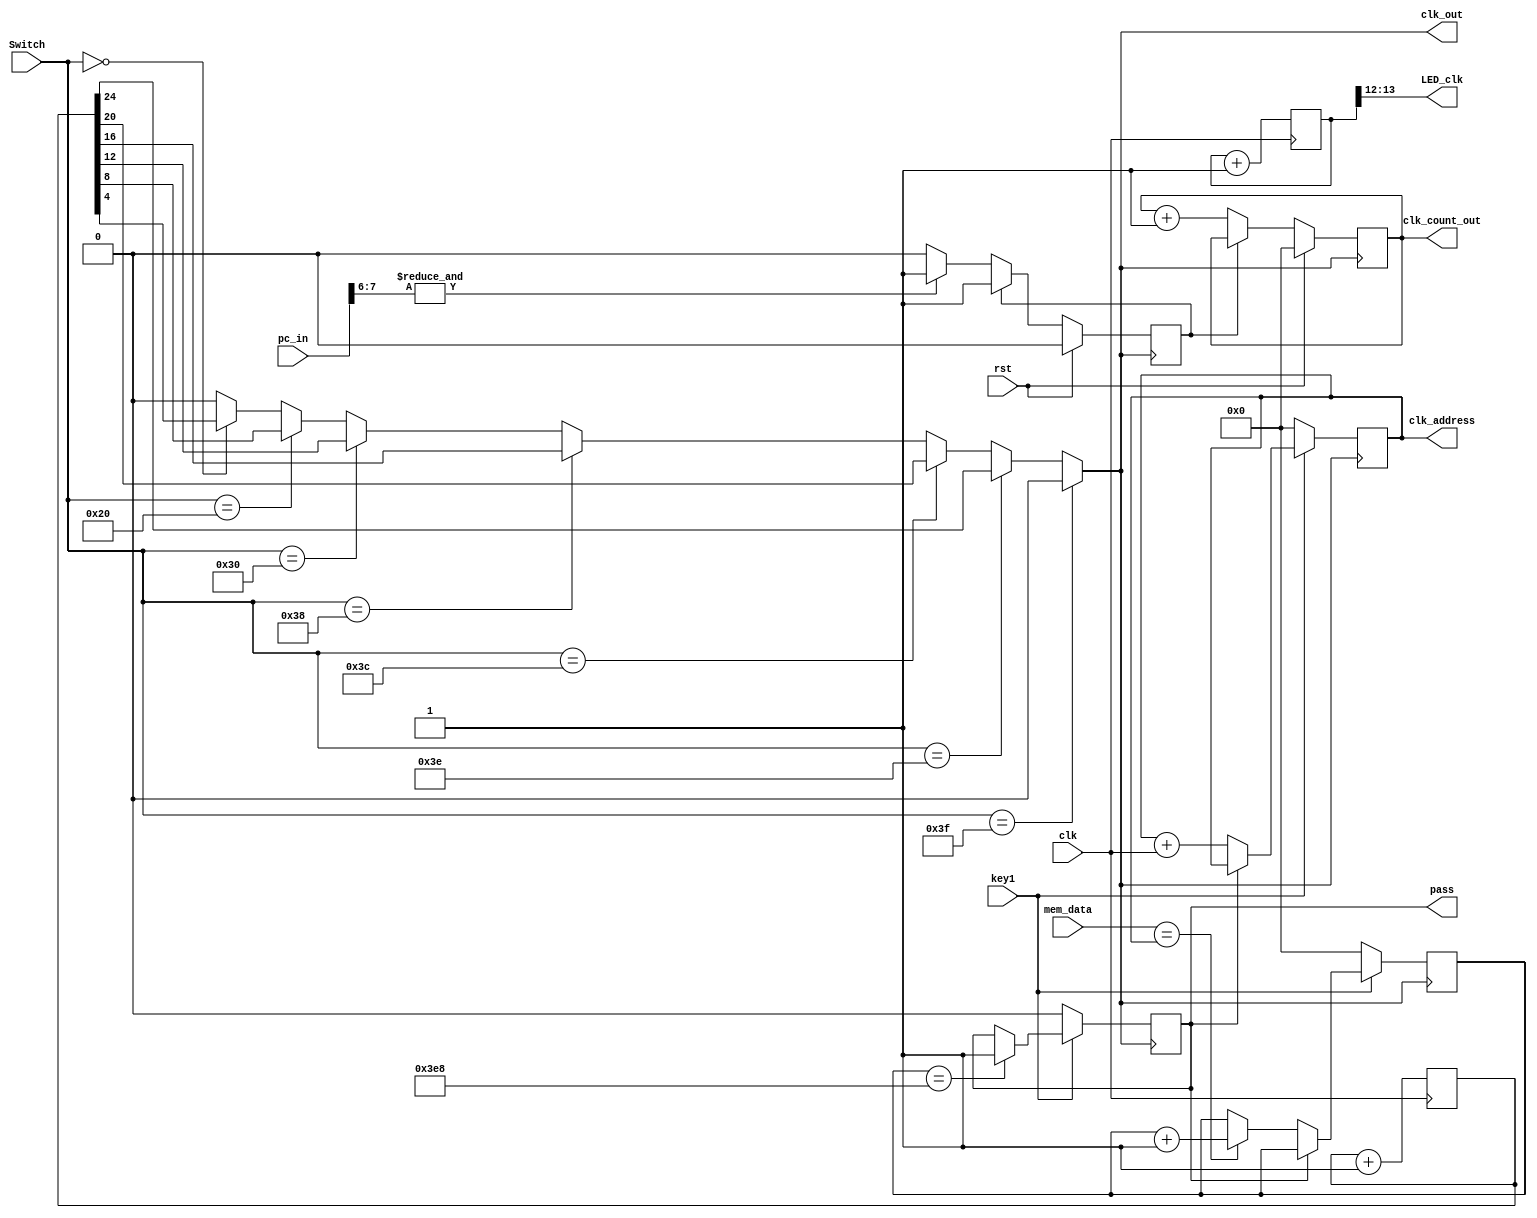
module counter(
	input 			 clk, rst,
	input 	[7:0] pc_in, // pc = 400̸ sorting Ḧ ǹ
`ifndef simulation	//
	input					 key1,
	input			[31:0] mem_data,
	output				 pass,
	output		[31:0] clk_address,
	
	input			[ 5:0] Switch,
`endif
	
	output 	[ 1:0] LED_clk,
	output 			 clk_out,
	output	[31:0] clk_count_out // sorting ɶ ɸ cycle
    );
	
`ifdef simulation
	assign clk_out = count[0];
`else 	//[27:0]ֱ 2^28( 268,000,000) ø FPGA ļ 50MHz = 20ns => 5.36
	assign clk_out =  (Switch==6'b111111) ? 0: 
							(Switch==6'b111110) ? count[24]:
							(Switch==6'b111100) ? count[20]:
							(Switch==6'b111000) ? count[16]:
							(Switch==6'b110000) ? count[12]:
							(Switch==6'b100000) ? count[8]:
							(Switch==6'b000000) ? count[4]:
														 0;
`endif
	assign LED_clk = led_count[13:12];

	reg [31:0] count = 0;
	reg [31:0] led_count = 0;
	always @(posedge clk) begin
		//if(rst) begin
		//	count <= 0;
		//	led_count <= 0;
		//end
		//else begin
			led_count <= led_count + 32'b1;
			count <= count + 32'b1;
		//end
	end
	
	reg 	[31:0] clk_count_out = 0;
	reg			 clk_count_stop = 0;
	always @(posedge clk_out) begin
		if(rst) begin
			clk_count_out <=  32'b0;
			clk_count_stop <= 1'b0;
		end
		else if (!clk_count_stop) begin
			clk_count_out <= clk_count_out + 32'b1;
			if(&pc_in[7:6])
				clk_count_stop <= 1'b1;
		end
	end
	
`ifndef simulation //
	reg 	[31:0] clk_address = 0;
	reg 			 pass = 0;
	reg	[31:0] pass_count = 0;
	always@(posedge clk_out) begin
		if(key1) begin
			if(!pass)begin
				clk_address <= clk_address + clk;
				if(mem_data==clk_address)
					pass_count <= pass_count + 1;
			end
			if(pass_count == 1000)
				pass <= 1;
		end
		else begin
			clk_address <= 0;
			pass_count <=0;
			pass <= 0;
		end
	end
`endif
endmodule